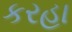
કરહા